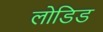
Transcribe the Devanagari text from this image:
लोडिड